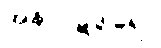
အနာဝဋဒွါရော